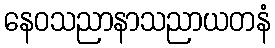
နေဝသညာနာသညာယတနံ